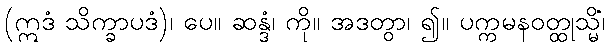
(ဣဒံ သိက္ခာပဒံ)၊ ပေ။ ဆန္ဒံ၊ ကို။ အဒတွာ၊ ၍။ ပက္ကမနဝတ္ထုသ္မိံ၊